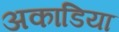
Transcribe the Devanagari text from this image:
अकाडिया